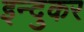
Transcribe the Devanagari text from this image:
इन्दुकर